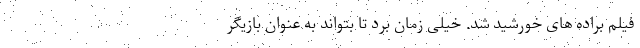
فیلم براده های خورشید شد. خیلی زمان برد تا بتواند به عنوان بازیگر